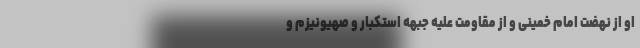
او از نهضت امام خمینی و از مقاومت علیه جبهه استکبار و صهیونیزم و